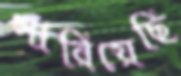
সারিয়েছি